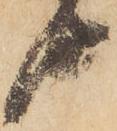
由